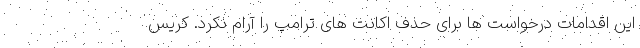
این اقدامات درخواست ها برای حذف اکانت های ترامپ را آرام نکرد. کریس